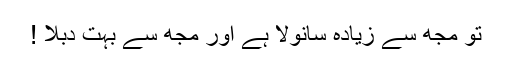
تو مجھ سے زیادہ سانولا ہے اور مجھ سے بہت دبلا !